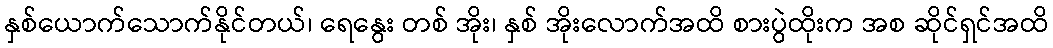
နှစ်ယောက်သောက်နိုင်တယ်၊ ရေနွေး တစ် အိုး၊ နှစ် အိုးလောက်အထိ စားပွဲထိုးက အစ ဆိုင်ရှင်အထိ